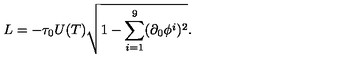
L = - \tau _ { 0 } U ( T ) \sqrt { 1 - \sum _ { i = 1 } ^ { 9 } ( \partial _ { 0 } \phi ^ { i } ) ^ { 2 } } .